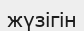
жүзігін